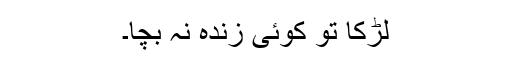
لڑکا تو کوئی زندہ نہ بچا۔